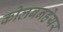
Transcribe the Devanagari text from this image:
कोलबनहेयर